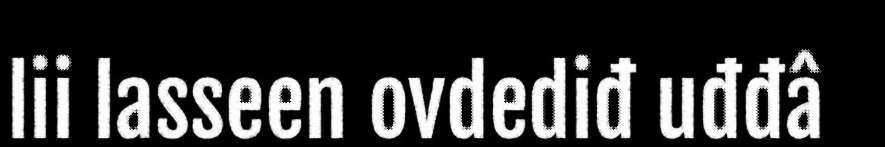
lii lasseen ovdediđ uđđâ